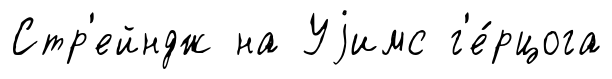
Стр'ейндж на Уjимс г'е́рцога